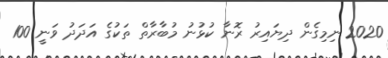
2020 ނިމިގެން ދިޔައިރު ރޮނާ ކުޅުނު މުބާރާތް ތަކުގެ އަދަދު ވަނީ 100